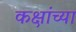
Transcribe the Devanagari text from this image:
कक्षांच्या